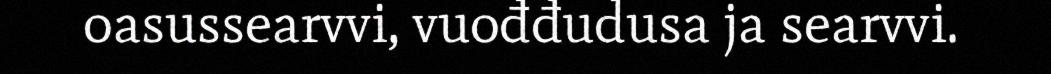
oasussearvvi, vuođđudusa ja searvvi.